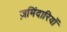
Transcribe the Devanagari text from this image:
ज़मिंदारियों